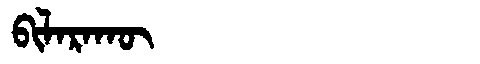
Manchu: ᠪᡳᠯᠠᡵᠠᡴᡡ
Romanization: BILARAKŪ